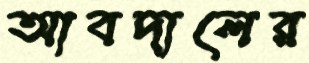
আবদালের